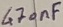
Text: 470nF